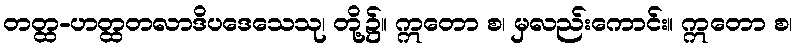
တတ္ထ-ဟတ္ထတလာဒိပဒေသေသု၊ တို့၌။ ဣတော စ၊ မှလည်းကောင်း။ ဣတော စ၊